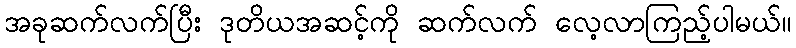
အခုဆက်လက်ပြီး ဒုတိယအဆင့်ကို ဆက်လက် လေ့လာကြည့်ပါမယ်။